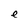
Character: e